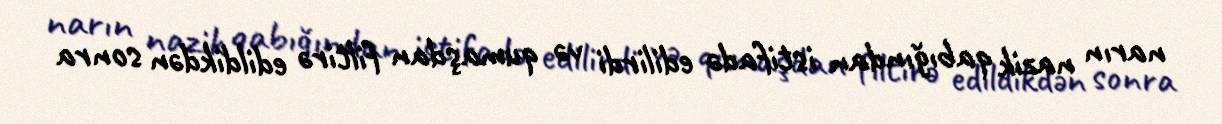
narın nazik qabığından istifadə edilirdi və qumaşdan filtirə edildikdən sonra